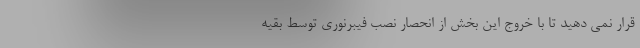
قرار نمی دهید تا با خروج این بخش از انحصار نصب فیبرنوری توسط بقیه